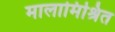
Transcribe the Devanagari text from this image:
मालामिश्रित